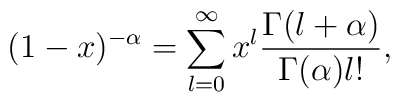
(1-x)^{-\alpha }=\sum_{l=0}^{\infty }x^{l}  \frac{\Gamma (l+\alpha )}{\Gamma (\alpha )l!},